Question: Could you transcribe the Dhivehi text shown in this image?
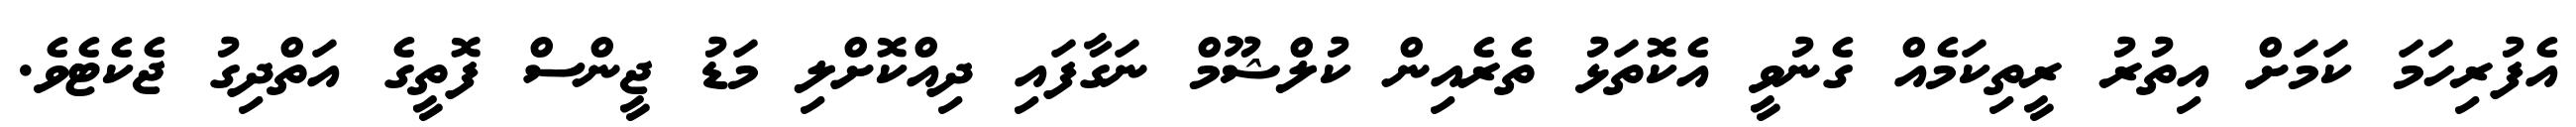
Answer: އެފުރިހަމަ ކަމަށް އިތުރު ރީތިކަމެއް ގެނުވީ އެކޮތަޅު ތެރެއިން ކުލްޝޫމް ނަގާފައި ދިއްކޮށްލި މަޑު ޖީންސް ފޮތީގެ އަތްދިގު ޖެކެޓެވެ.